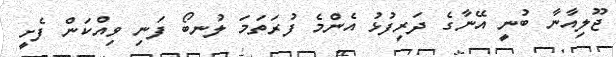
ޖޫލިއާނާ ބުނީ އޭނާގެ ދަރިފުޅު އެންމެ ފުރަތަމަ ލުނބޯ ފަނި ވިއްކަން ފެށީ